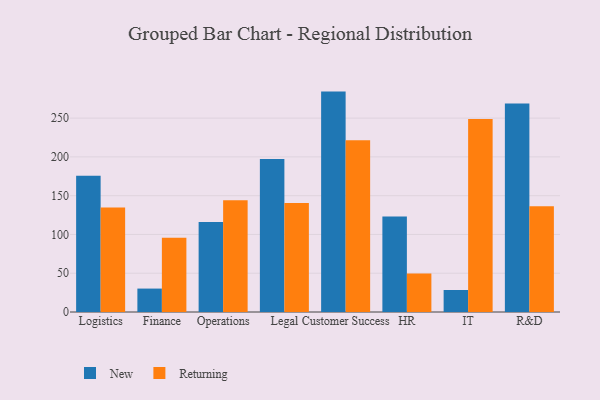
{"axis": {"x": "Department", "y": "Churn Rate (%)"}, "legend": ["New", "Returning"], "data": [{"x": "Logistics", "y": 175.8, "type": "New"}, {"x": "Logistics", "y": 134.9, "type": "Returning"}, {"x": "Finance", "y": 30.2, "type": "New"}, {"x": "Finance", "y": 95.7, "type": "Returning"}, {"x": "Operations", "y": 116.0, "type": "New"}, {"x": "Operations", "y": 144.2, "type": "Returning"}, {"x": "Legal", "y": 197.4, "type": "New"}, {"x": "Legal", "y": 140.5, "type": "Returning"}, {"x": "Customer Success", "y": 284.2, "type": "New"}, {"x": "Customer Success", "y": 221.6, "type": "Returning"}, {"x": "HR", "y": 123.1, "type": "New"}, {"x": "HR", "y": 49.6, "type": "Returning"}, {"x": "IT", "y": 28.4, "type": "New"}, {"x": "IT", "y": 248.8, "type": "Returning"}, {"x": "R&D", "y": 268.7, "type": "New"}, {"x": "R&D", "y": 136.3, "type": "Returning"}]}